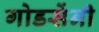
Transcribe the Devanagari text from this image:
गोडसेंनी